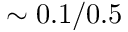
\sim 0 . 1 / 0 . 5